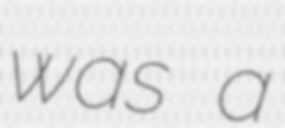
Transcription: was a